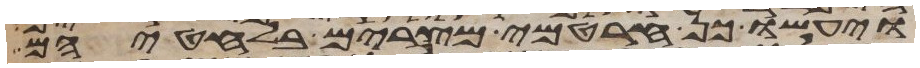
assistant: ויעשו כן חרטמי מצרים בלחטיהם